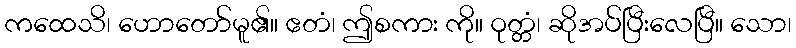
ကထေသိ၊ ဟောတော်မူ၏။ ဧတံ၊ ဤစကား ကို။ ဝုတ္တံ၊ ဆိုအပ်ပြီးလေပြီ။ သော၊